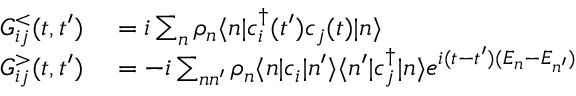
\begin{array} { r l } { G _ { i j } ^ { < } ( t , t ^ { \prime } ) } & { { } = i \sum _ { n } \rho _ { n } \langle n | c _ { i } ^ { \dagger } ( t ^ { \prime } ) c _ { j } ( t ) | n \rangle } \\ { G _ { i j } ^ { > } ( t , t ^ { \prime } ) } & { { } = - i \sum _ { n n ^ { \prime } } \rho _ { n } \langle n | c _ { i } | n ^ { \prime } \rangle \langle n ^ { \prime } | c _ { j } ^ { \dagger } | n \rangle e ^ { i ( t - t ^ { \prime } ) ( E _ { n } - E _ { n ^ { \prime } } ) } } \end{array}